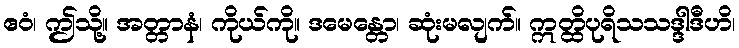
ဧဝံ၊ ဤသို့။ အတ္တာနံ၊ ကိုယ်ကို။ ဒမေန္တော၊ ဆုံးမလျက်။ ဣတ္ထိပုရိသသဒ္ဒါဒီဟိ၊